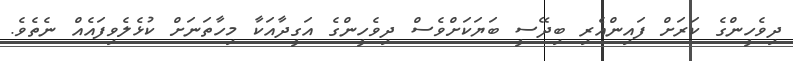
ދިވެހީންގެ ކަރަށް ފައިންއެރި ބިދޭސީ ބަޔަކަށްވެސް ދިވެހީންގެ އަގީދާއަކާ މިހާތަނަށް ކުޅެލެވިފައެއް ނެތެވެ.